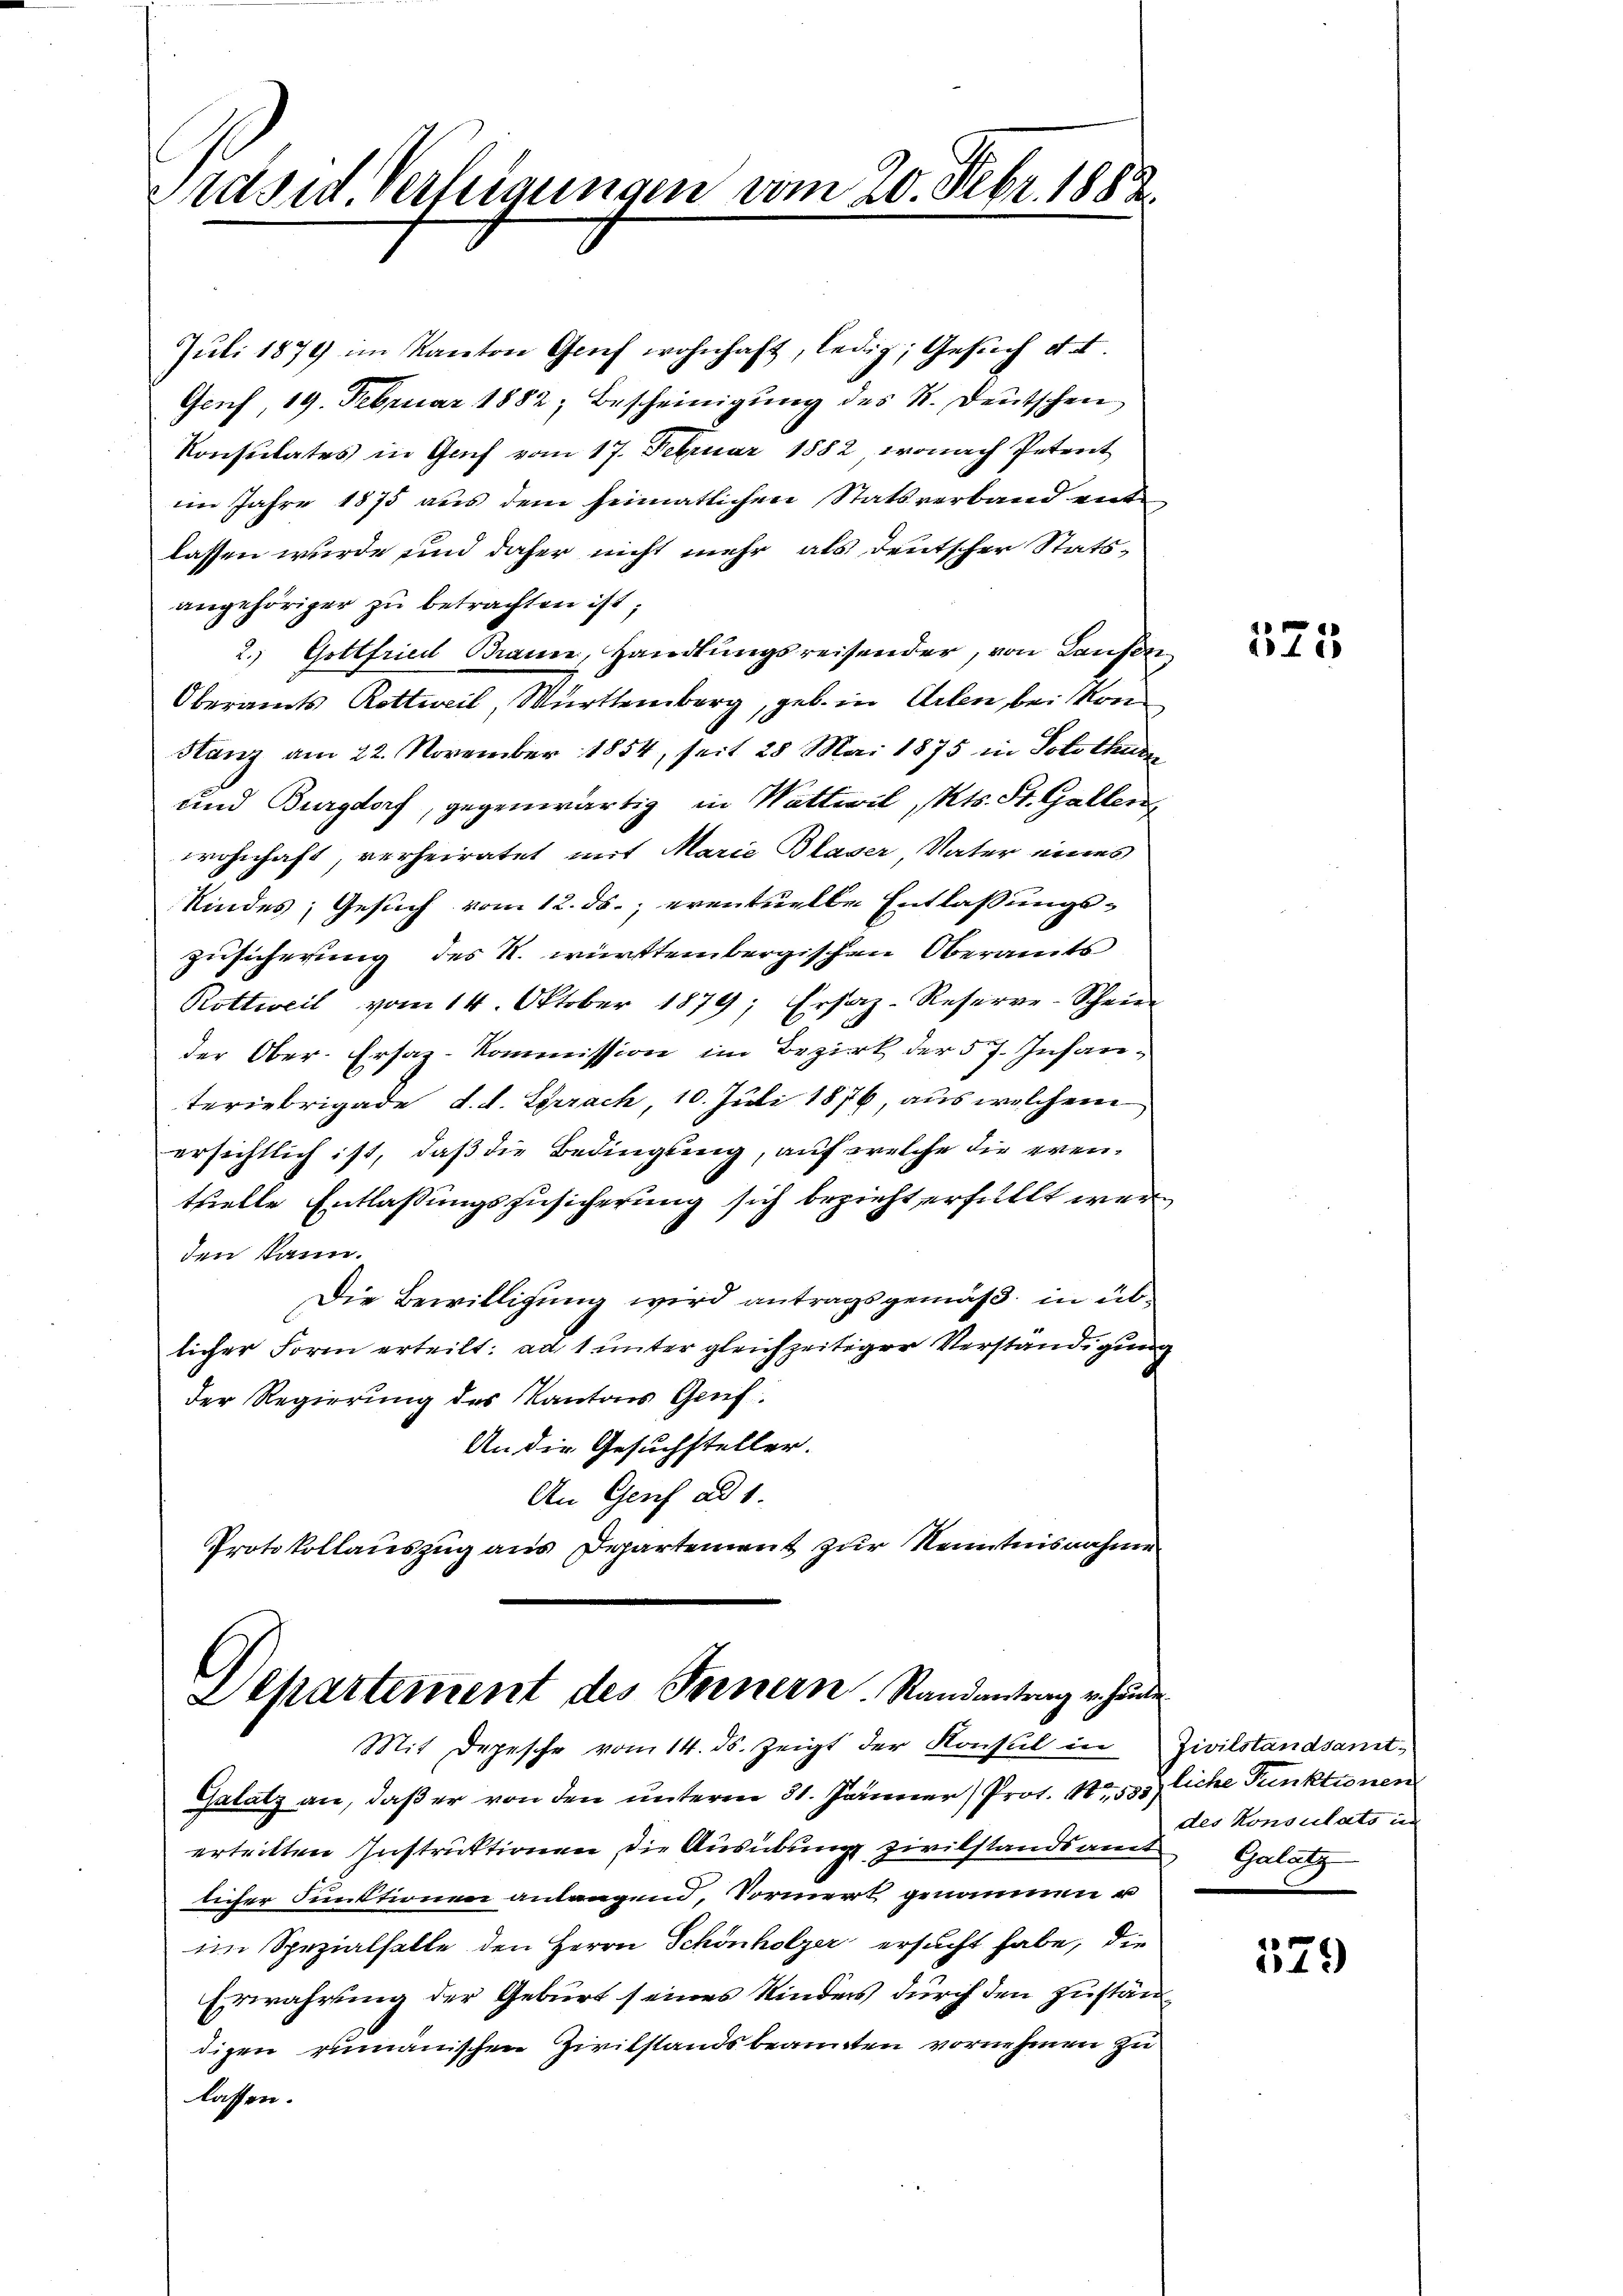
Präses Verfeigungen vom 20. Febr. 1883.

Separtement des Fernern. Randantrag v. heute
Mit Depesche vom 14. ds. zeigt der Konsul in Zivilstandsamt-

Juli 1879 im Kanton Geif wohnhaft, ledig, Gesuch d. d.
Genf, 19. Februar 1882, Bescheinigung des K. Deutschen
Konsulates in Gas vom 17. Februar 1882, wonach Petent
im Jahre 1875 aus dem heimatlichen Statsverband entlassen wurde und daher nicht mehr als deutscher Stats-
angehöriger zu betrachten ist,
2.) Gottfriedl Brann, Handlungsreisender, von Laufen
Oberamts Rottweil Württemberg, geb. in Arten, bei Mon
Stanz am 22. November 1854, seit 28 Mai 1875 in Solothurn
und Burgdorf, gegenwärtig in Wattivil, Mts. St. Gallen
wohnhaft, verheiratet mit Marie Blaser, Vater eines
Kindes; Gesuch vom 12. ds. eventuelle Entlaßungs¬
Zusicherung des N. württembergischen Oberamts
Rottweil vom 14. Oktober 1879; Ersaz-Reserve-Schrie
der Ober-Ersaz-Kommission im Bezirk der 57. Infanteriebrigade d. d. Sprach, 10. Juli 1876, aus welchem
ersichtlich ist, daß die Bedingung, auf welche die eventzielle Entlassungszusicherung sich bezieht erfüllt werden kann.
Die Bewilligung wird antragsgemäß, in üblicher Form erteilt: ad 1 unter gleichzeitiger Verständigung
der Regierung des Kantons Gruf¬
An die Gesuchsteller.
An Genf ad 1.
Protokollauszug aus Departement zur Kenntnisnahme

Galatz an, daß er von den unterm 31. Jänner Prot. No. 535 liche Punktionen
erteilten Instruktionen, die Ausübung zivilstandsamt Galutz
licher Funktionen anlangend, Vormert genommen u
im Spezialfalle den Herrn Schönholzer ersucht habe, die
Erwahrung der Geburt seines Kinders durch den Zuständigen rumänischen Zivilstandsbeanten vornehmen zu
lassen.

525

des Konsulato in

529